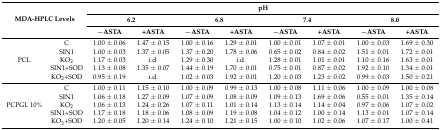
<table><thead><tr><td rowspan="3" colspan="2"><b>MDA-HPLC Levels</b></td><td colspan="8"><b>pH</b></td></tr><tr><td colspan="2"><b>6.2</b></td><td colspan="2"><b>6.8</b></td><td colspan="2"><b>7.4</b></td><td colspan="2"><b>8.0</b></td></tr><tr><td><b>−ASTA</b></td><td><b>+ASTA</b></td><td><b>−ASTA</b></td><td><b>+ASTA</b></td><td><b>−ASTA</b></td><td><b>+ASTA</b></td><td><b>−ASTA</b></td><td><b>+ASTA</b></td></tr></thead><tbody><tr><td rowspan="5">PCL</td><td>C</td><td>1.00 ± 0.06</td><td>1.47 ± 0.15</td><td>1.00 ± 0.16</td><td>1.29 ± 0.01</td><td>1.00 ± 0.01</td><td>1.07 ± 0.01</td><td>1.00 ± 0.03</td><td>1.69 ± 0.30</td></tr><tr><td>SIN1</td><td>1.00 ± 0.03</td><td>1.37 ± 0.05</td><td>1.37 ± 0.20</td><td>1.78 ± 0.06</td><td>0.65 ± 0.02</td><td>0.84 ± 0.02</td><td>1.51 ± 0.01</td><td>1.72 ± 0.01</td></tr><tr><td>KO<sub>2</sub></td><td>1.17 ± 0.03</td><td>i.d.</td><td>1.29 ± 0.30</td><td>i.d.</td><td>1.28 ± 0.01</td><td>1.01 ± 0.01</td><td>1.10 ± 0.16</td><td>1.63 ± 0.01</td></tr><tr><td>SIN1+SOD</td><td>1.13 ± 0.08</td><td>1.35 ± 0.07</td><td>1.44 ± 0.19</td><td>1.70 ± 0.01</td><td>0.75 ± 0.01</td><td>0.87 ± 0.02</td><td>1.92 ± 0.10</td><td>1.34 ± 0.01</td></tr><tr><td>KO<sub>2</sub>+SOD</td><td>0.95 ± 0.19</td><td>i.d.</td><td>1.02 ± 0.03</td><td>1.92 ± 0.01</td><td>1.20 ± 0.03</td><td>1.23 ± 0.02</td><td>0.99 ± 0.03</td><td>1.50 ± 0.21</td></tr><tr><td rowspan="5">PCPGL 10%</td><td>C</td><td>1.00 ± 0.11</td><td>1.15 ± 0.10</td><td>1.00 ± 0.09</td><td>0.99 ± 0.13</td><td>1.00 ± 0.08</td><td>1.11 ± 0.06</td><td>1.00 ± 0.09</td><td>1.00 ± 0.08</td></tr><tr><td>SIN1</td><td>1.06 ± 0.18</td><td>1.27 ± 0.09</td><td>1.07 ± 0.09</td><td>1.08 ± 0.09</td><td>1.09 ± 0.13</td><td>1.69 ± 0.06</td><td>0.55 ± 0.01</td><td>1.35 ± 0.14</td></tr><tr><td>KO<sub>2</sub></td><td>1.06 ± 0.13</td><td>1.24 ± 0.26</td><td>1.07 ± 0.11</td><td>1.01 ± 0.14</td><td>1.13 ± 0.14</td><td>1.14 ± 0.04</td><td>0.97 ± 0.06</td><td>1.07 ± 0.02</td></tr><tr><td>SIN1+SOD</td><td>1.17 ± 0.18</td><td>1.18 ± 0.06</td><td>1.08 ± 0.09</td><td>1.19 ± 0.08</td><td>1.04 ± 0.12</td><td>1.00 ± 0.14</td><td>1.13 ± 0.01</td><td>1.07 ± 0.14</td></tr><tr><td>KO<sub>2</sub>+SOD</td><td>1.20 ± 0.05</td><td>1.20 ± 0.14</td><td>1.24 ± 0.10</td><td>1.21 ± 0.15</td><td>1.00 ± 0.10</td><td>1.02 ± 0.06</td><td>1.07 ± 0.17</td><td>1.00 ± 0.41</td></tr></tbody></table>